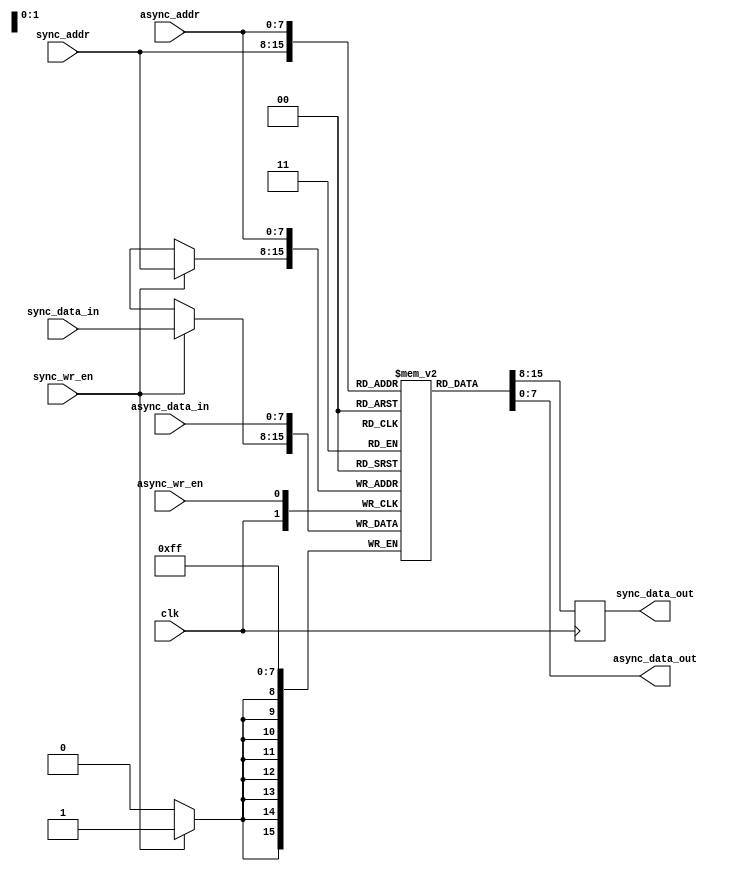
module dual_port_ram (
  input wire clk, // System clock
  input wire sync_wr_en, // Write enable signal for synchronous port
  input wire [7:0] sync_data_in, // Data input for synchronous port
  input wire [7:0] async_data_in, // Data input for asynchronous port
  input wire [7:0] sync_addr, // Address input for synchronous port
  input wire [7:0] async_addr, // Address input for asynchronous port
  input wire async_wr_en, // Write enable signal for asynchronous port
  output reg [7:0] sync_data_out, // Data output for synchronous port
  output reg [7:0] async_data_out // Data output for asynchronous port
);

reg [7:0] ram_mem [0:255]; // RAM memory array

// Synchronous port operation
always @(posedge clk) begin
  if (sync_wr_en) begin
    ram_mem[sync_addr] <= sync_data_in; // Write data into RAM
  end
  sync_data_out <= ram_mem[sync_addr]; // Read data from RAM
end

// Asynchronous port operation
always @(posedge async_wr_en) begin
  ram_mem[async_addr] <= async_data_in; // Write data into RAM
end
assign async_data_out = ram_mem[async_addr]; // Read data from RAM

endmodule